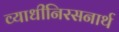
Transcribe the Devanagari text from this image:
व्याधीनिरसनार्थ